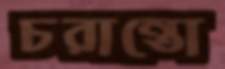
চরান্তো